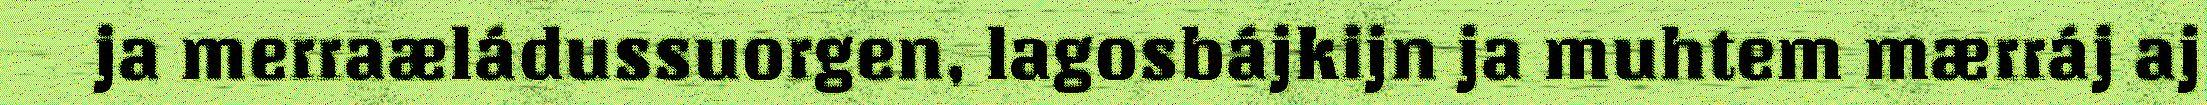
ja merraæládussuorgen, lagosbájkijn ja muhtem mærráj aj